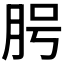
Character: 𦚊